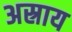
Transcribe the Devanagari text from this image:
अस्राय